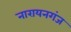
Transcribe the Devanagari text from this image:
नारायनगंज